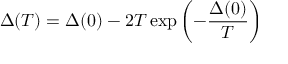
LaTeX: \Delta ( T ) = \Delta ( 0 ) - 2 T \exp \left( - \frac { \Delta ( 0 ) } { T } \right)